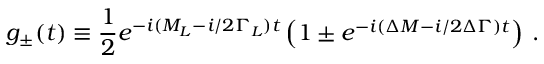
g _ { \pm } ( t ) \equiv \frac { 1 } { 2 } e ^ { - i ( M _ { L } - i / 2 \Gamma _ { L } ) t } \left( 1 \pm e ^ { - i ( \Delta M - i / 2 \Delta \Gamma ) t } \right) \: .